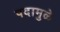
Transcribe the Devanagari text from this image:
पदामुळे